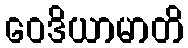
ဝေဒိယာမာတိ